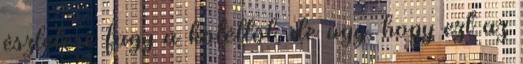
észlelése függ a kötéltől, de úgy, hogy ezt az